Report of the Municipal Commissioner on the plague in Bombay for the year ending 31st May... - Volume 1
Disease focus: Plague
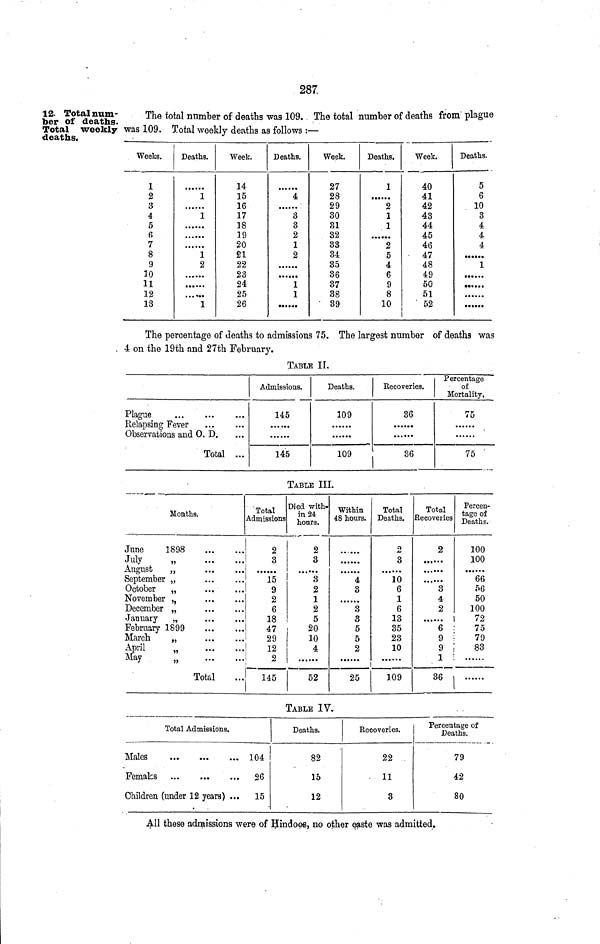
287
12. Total num-
ber of deaths.
Total weekly
deaths.
The total number of deaths was 109. The total number of deaths from plague
was 109. Total weekly deaths as follows :—
Weeks.
1
2
3
4
5
6
7
8
9
10
11
12
13
Deaths.
1
1
1
2
1
Week.
14
15
16
17
18
19
20
£1
22
23
24
25
26
Deaths.
4
3
3
2
1
2
······
1
1
···.·
Week.
27
28
29
30
31
32
33
34
35
36
37
38
39
Deaths.
1
......
2
1
1
2
5
4
6
9
8
10
Week.
40
41
42
43
44
45
46
47
48
49
50
51
52
Deaths.
5
6
10
3
4
4
4
······ 1
····.·
......
······
The percentage of deaths to admissions 75. The largest number of deaths was
4 on the 19th and 27th February.
TABLE II,
Plague
Relapsing Fever
Observations and O. D.
Total ...
Admissions.
145
·
145
Deaths.
109
109
Eecoveriea.
36
......
36
Percentage
of
Mortality,
75
......
75
TABLE III.
Months.
June
1898
July
„
August
„
September „
October
„
November „
December „
January „
February 1899
March
„
April
„
May
„
Total
Total
Admissions
2
3
15
9
2
6
18
47
29
12
2
145
Died with-
in 24
hours.
2
3
3
2
1
2
5
20
10
4
52
Within
48 hours.
......
4
3
3
3
5
5
2
25
Total
Deaths.
2
3
10
6
1
6
13
35
23
10
109
Total
Recoveries
2
..,,..
3
4
2
6
9
9
1
36
Percen-
tage of
Deaths.
100
100
66
56
50
100
72
75
79
83
TABLE IV.
Total Admissions.
Males
Females
Children (under 12 years) ...
104
26
15
Deaths.
82
15
12
Eecoveries.
22
11
3
Percentage of
Deaths.
79
42
80
All these admissions were of Hindoos, no other caste was admitted.